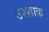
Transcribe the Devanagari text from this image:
उश्शाक़